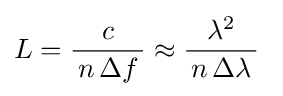
L={\frac {c}{\,n\,\mathrm {\Delta } f\,}}\approx {\frac {\lambda ^{2}}{\,n\,\mathrm {\Delta } \lambda \,}}~